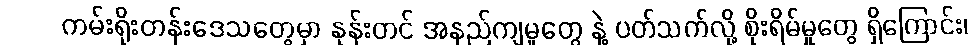
ကမ်းရိုးတန်းဒေသတွေမှာ နုန်းတင် အနည်ကျမှုတွေ နဲ့ ပတ်သက်လို့ စိုးရိမ်မှုတွေ ရှိကြောင်း၊